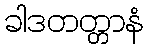
ခါဒတတ္တာနံ